Report of the Indian Hemp Drugs Commission, 1894-1895 - Volume II
Year: 1894
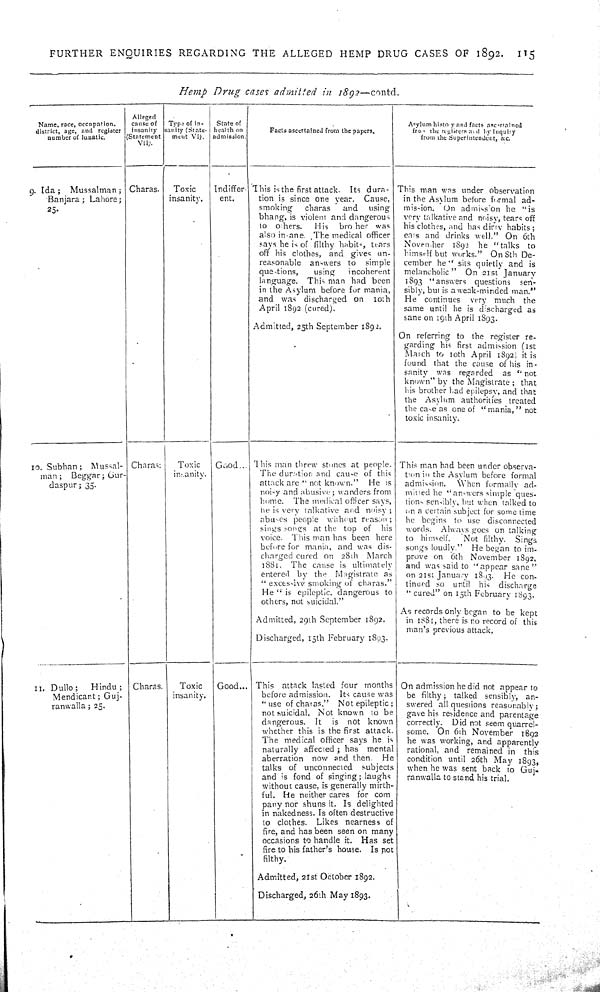
FURTHER
ENQUIRIES
REGARDING
THE
ALLEGED
HEMP
DRUG
CASES OF
1892.
115
Hemp
Drug
cases
admitted
in
1892—contd.
Name, race, occupation.
district, age, and register
number of lunatic.
Alleged
cause of
insanity
(Statement
VII).
Type of in-
sanity (State-
ment VI).
State of
health on
admission.
Facts ascertained from the papers.
Asylum history and facts ascertained
from the registers and by inquiry
from the Superintendent,
&c.
9. Ida;
Mussalman;
Banjara; Lahore;
25.
Charas.
Toxic
insanity.
Indiffer-
ent.
This is the first attack.
Its dura-
tion is since one year.
Cause,
smoking
charas
and
using
bhang, is violent and dangerous
to
others.
His
bro her
was
also in-ane. The medical officer
says he is of filthy habits, tears
off his clothes, and gives un-
reasonable
answers to
simple
questions,
using
incoherent
language.
This man had been
in the Asylum before for mania,
and was discharged on
10th
April 1892 (cured).
Admitted, 25th September 1892.
This man was under observation
in the Asylum before formal ad-
mission.
On admission he
"is
very talkative and noisy, tears off
his clothes, and has dirty habits;
eats and drinks well." On 6th
November
1892 he "talks
to
himself but works." On 8th De-
cember he "sits quietly and is
melancholic"
On 21st January
1893 "answers
questions
sen-
sibly, but is a weak-minded man."
He continues
very much
the
same until he is discharged as
sane on 19th April 1893.
On referring to the register re-
garding his first admission (1st
March to 10th April 1892) it is
found that the cause of his in-
sanity
was regarded
as "not
known" by the Magistrate; that
his brother had epilepsy, and that
the Asylum authorities
treated
the case as one of "mania," not
toxic insanity.
10. Subhan;
Mussal-
man; Beggar; Gur-
daspur; 35.
Charas:
Toxic
insanity.
Good
This man threw stones at people.
The duration and cause of this
attack are "not known."
He is
noisy and abusive; wanders from
home.
The medical officer says,
he is very talkative and noisy;
abuses people
without reason;
sings songs at the top of
his
voice. This man has been here
before for mania, and was dis-
charged cured on 28th
March
1881.
The cause is ultimately
entered by the
Magistrate as
"excessive smoking of charas."
He "is epileptic, dangerous to
others, not suicidal."
Admitted, 29th September 1892.
Discharged, 15th February 1893.
This man had been under observa-
tion in the Asylum before formal
admission.
When formally ad-
mitted he "answers simple ques-
tions sensibly, but when talked to
on a certain subject for some time
he begins to use disconnected
words.
Always goes on talking
to himself.
Not filthy.
Sings
songs loudly."
He began to im-
prove on
6th
November 1892,
and was said to "appear sane"
on 21st January 1893.
He con-
tinued so until
his
discharge
"cured" on 15th February 1893.
As records only began to be kept
in 1881, there is no record of this
man's previous attack.
11. Dullo;
Hindu;
Mendicant; Guj-
ranwalla; 25.
Charas.
Toxic
insanity.
Good
This
attack lasted four
months
before admission.
Its cause was
"use of charas."
Not epileptic;
not suicidal. Not known to be
dangerous.
It
is
not
known
whether this is the first attack.
The medical officer says he is
naturally affected; has
mental
aberration
now and then.
He
talks of unconnected
subjects
and is fond of singing; laughs
without cause, is generally mirth-
ful. He neither cares for com
pany nor shuns it. Is delighted
in nakedness. Is often destructive
to clothes.
Likes nearness of
fire, and has been seen on many
occasions to handle it. Has set
fire to his father's house. Is not
filthy.
Admitted, 21st October 1892.
Discharged, 26th May 1893.
On admission he did not appear to
be filthy; talked sensibly, an-
swered all questions reasonably;
gave his residence and parentage
correctly.
Did not seem quarrel-
some. On 6th November
1892
he was working, and apparently
rational, and remained in
this
condition until 26th May 1893,
when he was sent back to Guj-
ranwalla to stand his trial.